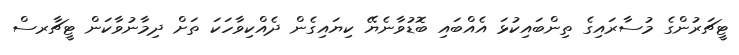
ޓީޗަރުންގެ މުސާރައިގެ ތިންބައިކުޅަ އެއްބައި ބޮޑުވާނެޔޭ ކިޔައިގެން ދެއްކިވާހަކަ ތަށް ދިމާނުވާކަން ޓީޗާރސް